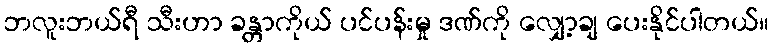
ဘလူးဘယ်ရီ သီးဟာ ခန္တာကိုယ် ပင်ပန်းမှု ဒဏ်ကို လျှော့ချ ပေးနိုင်ပါတယ်။